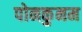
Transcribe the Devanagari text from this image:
पोनकुनम